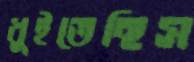
ধুইতেছিস